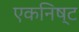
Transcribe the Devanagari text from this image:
एकनिष्ट